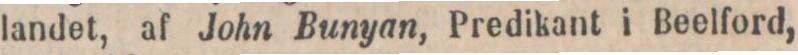
landet, af John Bunyan, Predikant i Beelford,